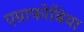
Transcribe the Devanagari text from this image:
एग्राफोबिया